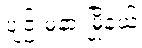
ပျဉ်းမနားမြို့နယ်